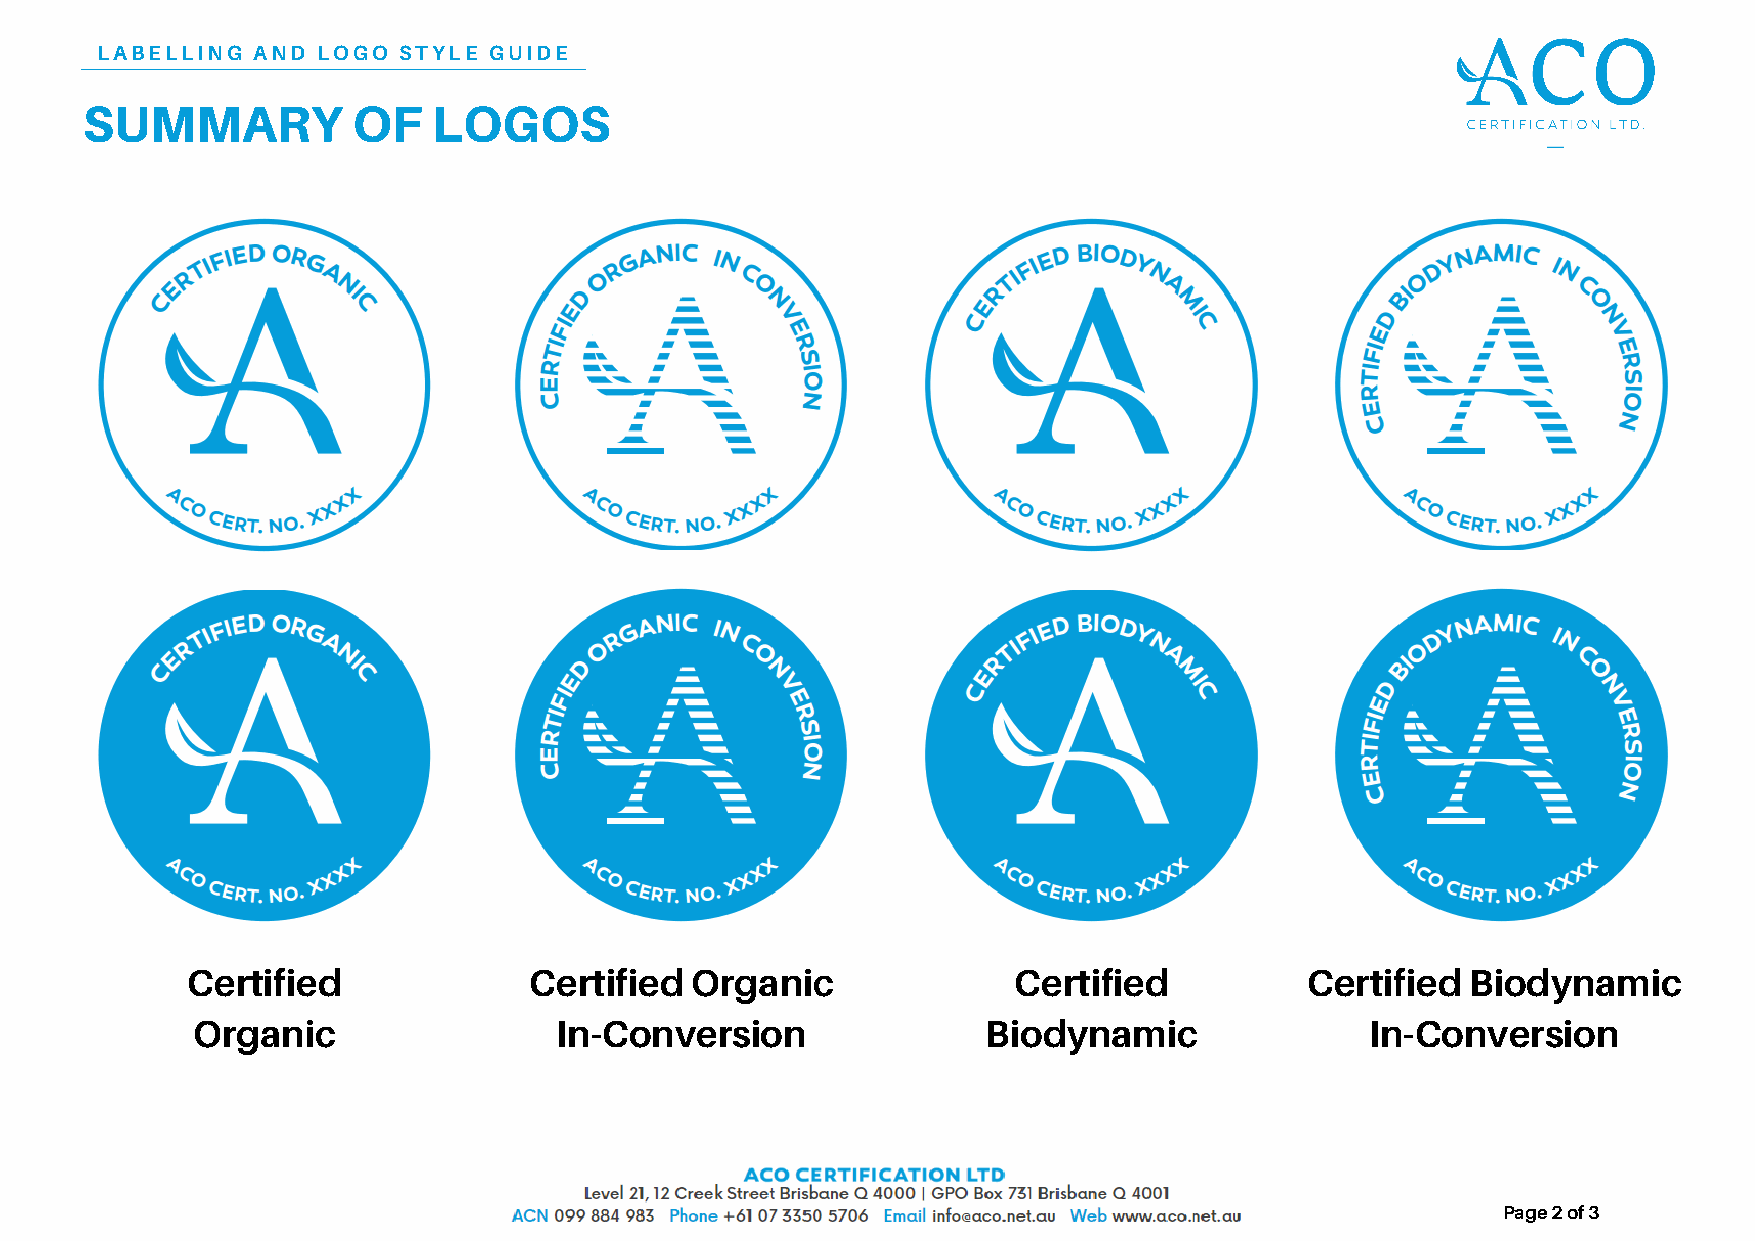
__L_A__B__E_L__L_I_N__G__ A__N__D_ _L__O_G__O__ _S_T__Y_L__E_ _G__U_I_D__E__
 SUMMARY           OF    LOGOS
 Certified              Certified  Organic              Certified          Certified  Biodynamic
 Organic                 In-Conversion               Biodynamic                In-Conversion
 Page 2 of 3